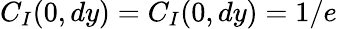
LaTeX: C_{I}(0,dy)=C_{I}(0,dy)=1/e